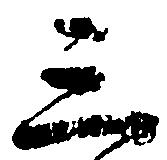
三